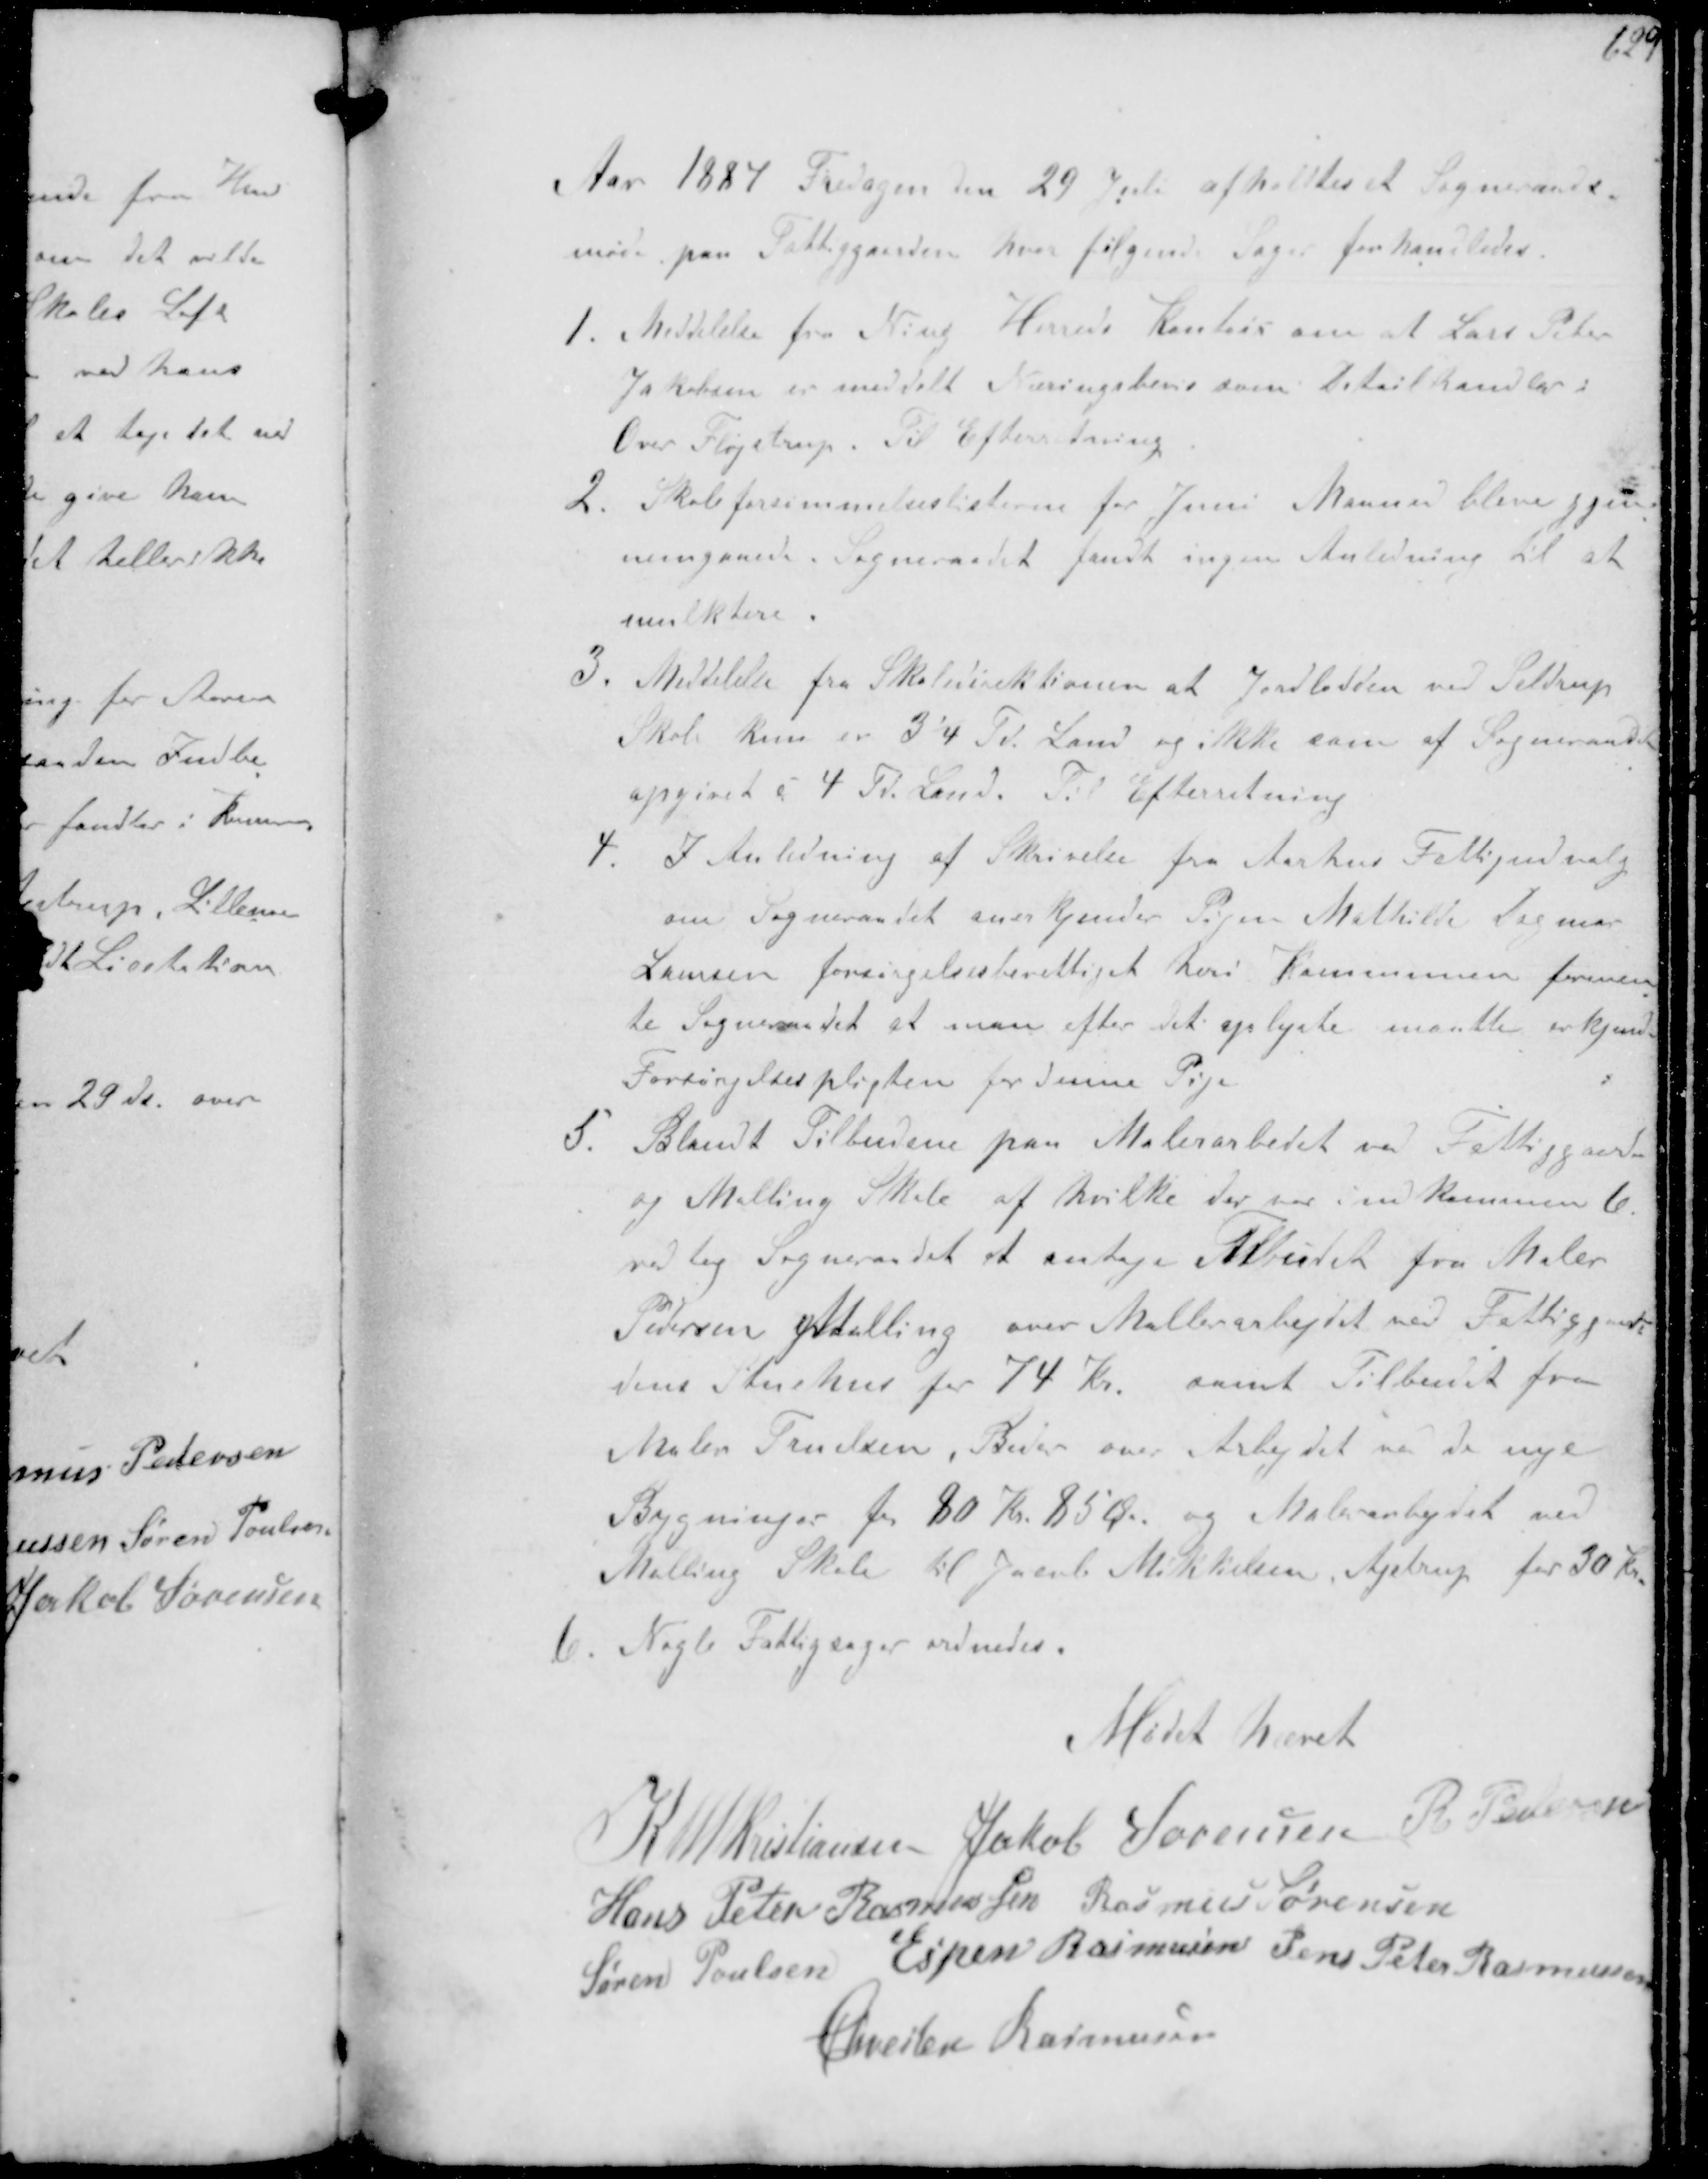
Transskription:
Aar 1887 Fredagen den 29 Juli afholdtes et Sogneraads-
møde paa Fattiggaarden hvor følgende Sager forhandledes.
1. Meddelelse fra Ning Herreds Kontor om at Lars Peter
Jakobsen er meddelt Næringsbevis som Detailhandler i
Over Fløjstrup. Til Efterretning
2. Skoleforsømmelseslisterne for Juni Maaned bleve gjen-
nemgaaede. Sogneraadet fandt ingen Anledning til at
mulktere.
3. Meddelelse fra Skoledirektionen at Jordlodden ved Seldrup
Skole kun er 3'4 Td Land og ikke som af Sogneraadet
opgivet c 4 Td Land. Til Efterretning
4. I Anledning af Skrivelse fra Aarhus Fattigudvalg
om Sogneraadet anerkjender Pigen Mathilde Dagmar
Laursen forsørgelsesberettiget heri Kommunen formen-
te Sogneraadet at man efter det oplyste maatte erkjende
Forsørgelseslisten for denne Pige
5. Blandt Tilbudene paa Malerarbejdet ved Fattiggaarden
og Malling Skole af hvilke der har i kommen 6
vedtog Sogneraadet at antage Tilbudet fra Maler
Pedersen Malling over Mallerarbejdet var Fattiggaar-
dens Stuehus for 74 Kr. samt Tilbudet fra
Maler Truelsen, Beder over Arbejdet ved de nye
Bygninger for 80 Kr 85 Øre og Malerarbejdet ved
Malling Skole til Jacob Mikkelsen, Ajstrup for 30 kr
1. Nogle Fattigsager ordnedes.
Mødet hævet
K N M Kristiansen Jakob Sørensen R Pedersen
Hans Peter Rasmussen Rasmus Sørensen
Søren Poulsen Espen Rasmussen Jens Peter Rasmussen
Chresten Rasmussen